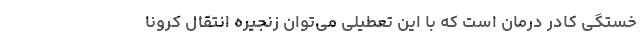
خستگی کادر درمان است که با این تعطیلی می‌توان زنجیره انتقال کرونا